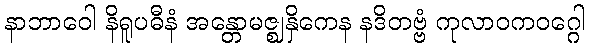
နာဘာဝေါ နိရူပဓီနံ အန္တောမဇ္ဈနှိကေန နဒိတဗ္ဗံ ကုလာဝကဝဂ္ဂေါ